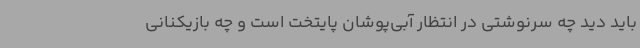
باید دید چه سرنوشتی در انتظار آبی‌پوشان پایتخت است و چه بازیکنانی